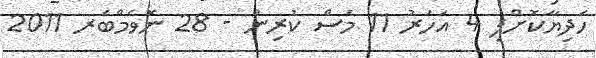
ހަދިޔާކޮށްފި 4 އަހަރު 11 މަސް ކުރިން - 28 ނޮވެމްބަރ 2011